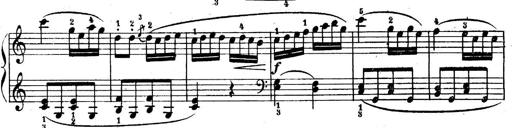
Title: 6 Piano Sonatinas
Composer: Cornelius Gurlitt